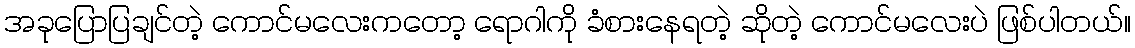
အခုပြောပြချင်တဲ့ ကောင်မလေးကတော့ ရောဂါကို ခံစားနေရတဲ့ ဆိုတဲ့ ကောင်မလေးပဲ ဖြစ်ပါတယ်။